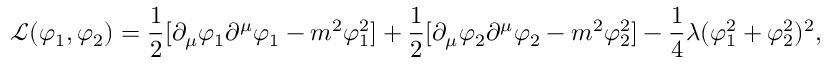
{ \mathcal { L } } ( \varphi _ { 1 } , \varphi _ { 2 } ) = { \frac { 1 } { 2 } } [ \partial _ { \mu } \varphi _ { 1 } \partial ^ { \mu } \varphi _ { 1 } - m ^ { 2 } \varphi _ { 1 } ^ { 2 } ] + { \frac { 1 } { 2 } } [ \partial _ { \mu } \varphi _ { 2 } \partial ^ { \mu } \varphi _ { 2 } - m ^ { 2 } \varphi _ { 2 } ^ { 2 } ] - { \frac { 1 } { 4 } } \lambda ( \varphi _ { 1 } ^ { 2 } + \varphi _ { 2 } ^ { 2 } ) ^ { 2 } ,